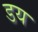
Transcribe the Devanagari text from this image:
डय